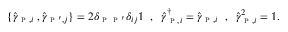
\begin{array} { r } { \{ \hat { \gamma } _ { \textsc { p } , i } \; , \hat { \gamma } _ { \textsc { p } ^ { \prime } , j } \} = 2 \delta _ { \textsc { p } \textsc { p } ^ { \prime } } \delta _ { i j } \mathbb { 1 } \; \; , \; \; \hat { \gamma } _ { \textsc { p } , i } ^ { \dagger } = \hat { \gamma } _ { \textsc { p } , i } \; \; , \; \; \hat { \gamma } _ { \textsc { p } , i } ^ { 2 } = \mathbb { 1 } . } \end{array}